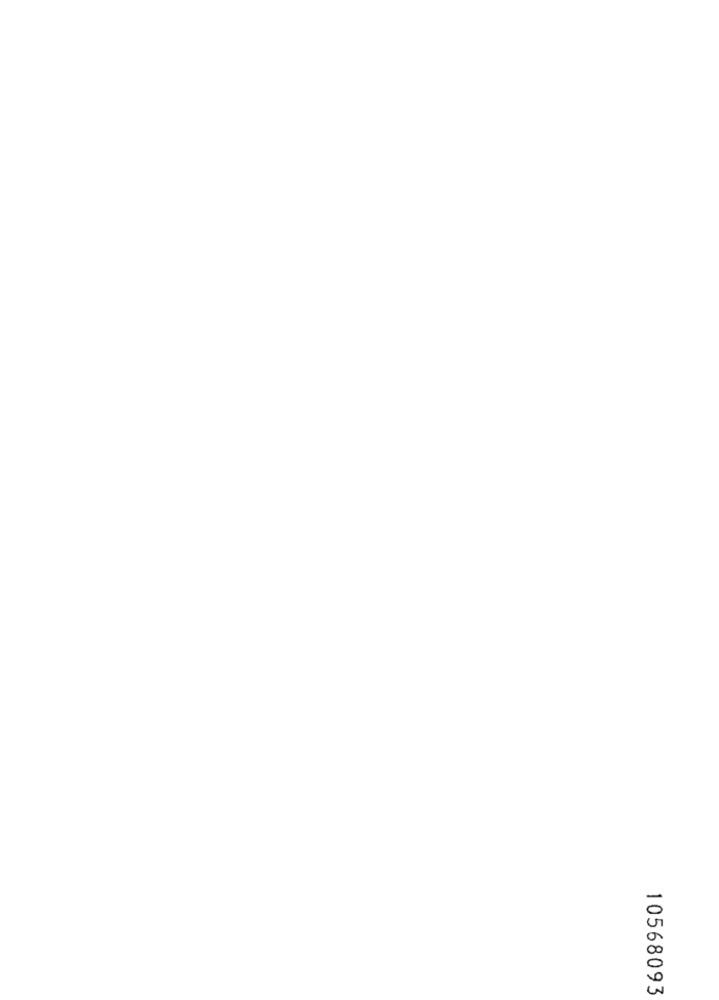
10568093